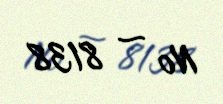
№ — 8138